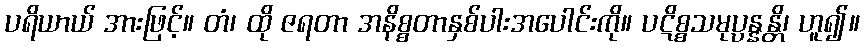
ပရိယာယ် အားဖြင့်။ တံ၊ ထို ဇရတာ အနိစ္စတာနှစ်ပါးအပေါင်းကို။ ပဋိစ္စသမုပ္ပန္နန္တိ၊ ဟူ၍။